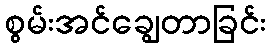
စွမ်းအင်ချွေတာခြင်း